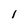
Character: l